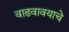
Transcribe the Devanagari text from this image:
वाढवावयाचे